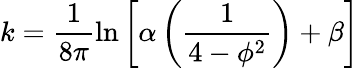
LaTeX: k=\frac{1}{8\pi}\ln{\left[\alpha\left(\frac{1}{4-\phi^{2}}\right)+\beta\right]}